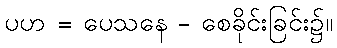
ပဟ = ပေသနေ - စေခိုင်းခြင်း၌။